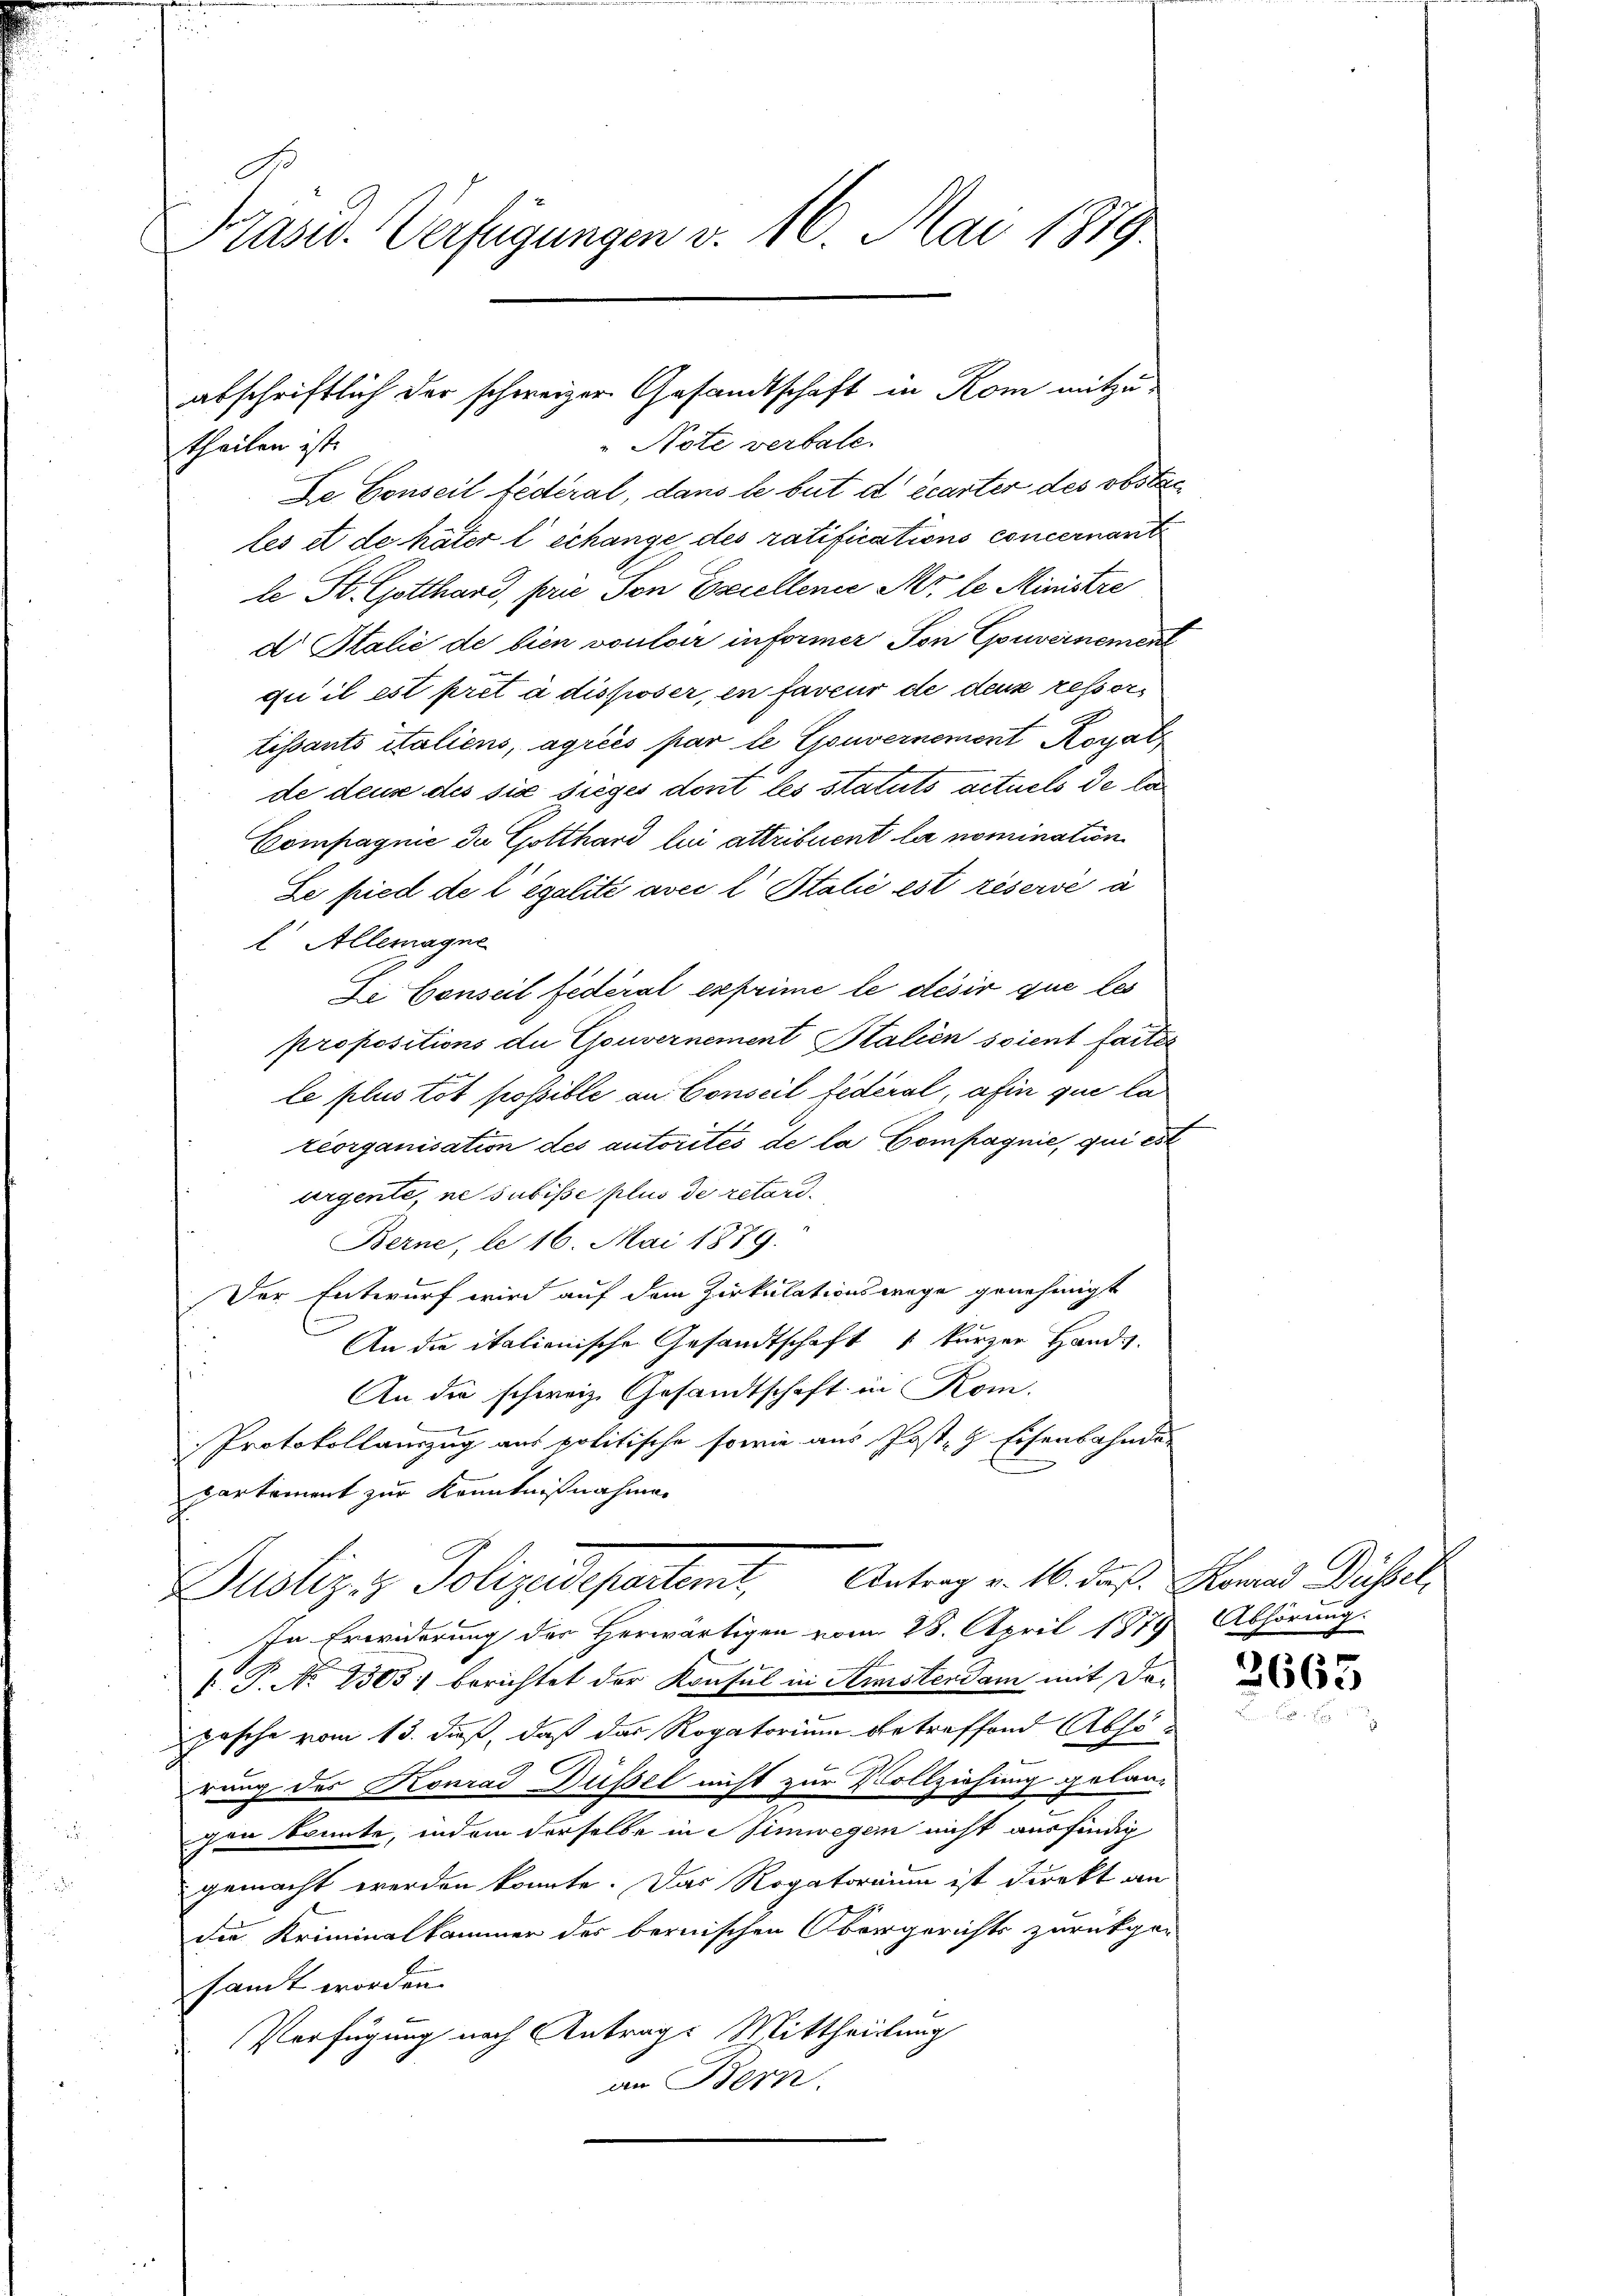
Präsid. Verfügungen v. 16. Mai 1879.

abschriftlich der schweizer Gesandtschaft in Rom mitzu¬

" Note verbale.
theilen ist.
De Conseil federal, dans le but d écarter des obster
les et de häter l’échange des ratifications concernant
le St. Gotthard, prie von Excellence Mr. le Ministre
d Italić de bien vouloir informer Ton Gouvernement
qui il est prét à disposer, en faveur de deux ressortissants italiens, agréés par le Gouvernement Rogat
de deuse des sie sieges dont les statuts actuels de la
Compagnie der Gotthard lui attribuent la nomination
Se pied de légalité avec l Stalić est réservé à
l Allemagne
Di Conseil fédéral exprime le désir que les
propositions die Gouvernement Stalien soient faiter
le plus tot possible an Conseil fédéral, afin que la
réorganisation des autorités de la Compagnie, qui est
argente, ne subisse plus de retard.
Berne, le 16. Mai 1889.
Der Entwurf wird auf dem Zirkulationswege genehmigt
An die italienische Gesandtschaft 1 kurzer Hande.
An die schweiz. Gesandtschaft in Kom-
Protokollauszug aus politische sowie aus Post- & Eisenbahnde-
partament zur Kenntnißnahmen
Justiz & Polizeidepartemt, Antrag v. 16. daß Hanns Rühsel
In Erwiderung des Herwärtigen vom 28. April 1879 Abhörung
P. P. No 1305) berichtet der Konsul in Aristerdam mit Dapesche vom 13. daß, daß das Rogatorium betreffend Absorung des Konrad Düssel nicht zur Vollziehung gelangen konnte, indem derselbe in Simwegen nicht ausfindig
gemacht werden könnte. Das Rogatorium ist direkt an
die Kriminalkammer des bernischen Obergerichts zurückgesamt worden.
Verfügung nach Antrag: Mittheilung
an Bern

2665